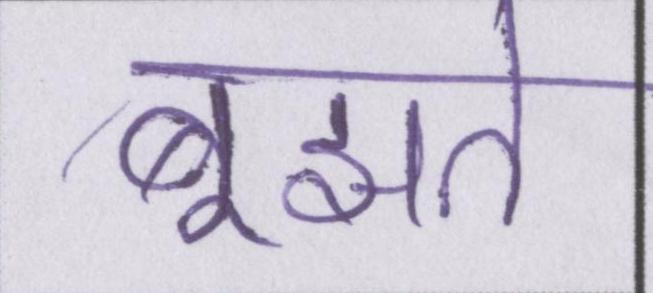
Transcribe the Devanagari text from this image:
बूझते